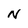
Character: N